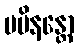
ပမိနန္တော